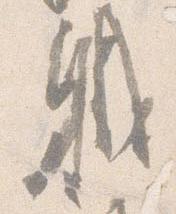
職